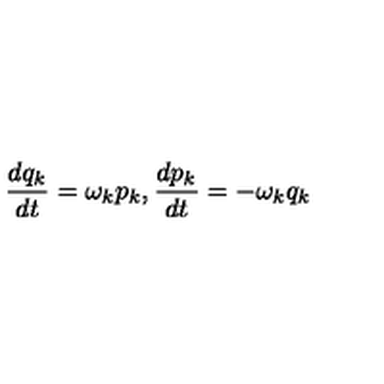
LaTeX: \frac { d q _ { k } } { d t } = \omega _ { k } p _ { k } , \frac { d p _ { k } } { d t } = - \omega _ { k } q _ { k }